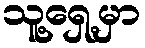
သူ့ရှေ့မှာ